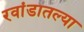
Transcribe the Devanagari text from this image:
रवांडातल्‍या